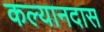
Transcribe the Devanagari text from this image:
कल्यानदास